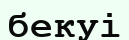
бекуі